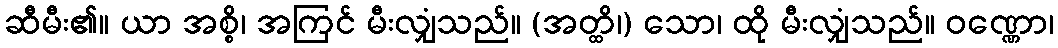
ဆီမီး၏။ ယာ အစ္စိ၊ အကြင် မီးလျှံသည်။ (အတ္ထိ၊) သော၊ ထို မီးလျှံသည်။ ဝဏ္ဏော၊